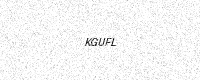
Text: KGUFL